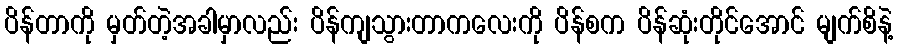
ပိန်တာကို မှတ်တဲ့အခါမှာလည်း ပိန်ကျသွားတာကလေးကို ပိန်စက ပိန်ဆုံးတိုင်အောင် မျက်စိနဲ့